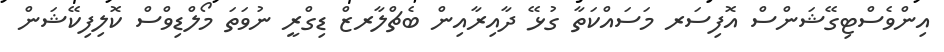
އިންވެސްޓިގޭޝަންސް އޮފިސަރ މަސައްކަތާ ގުޅޭ ދާއިރާއިން ބެޗްލާރޒް ޑިގްރީ ނުވަތަ މޯލްޑިވްސް ކޮލިފިކޭޝަން